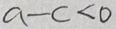
a - c < 0